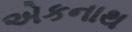
એકનાથ